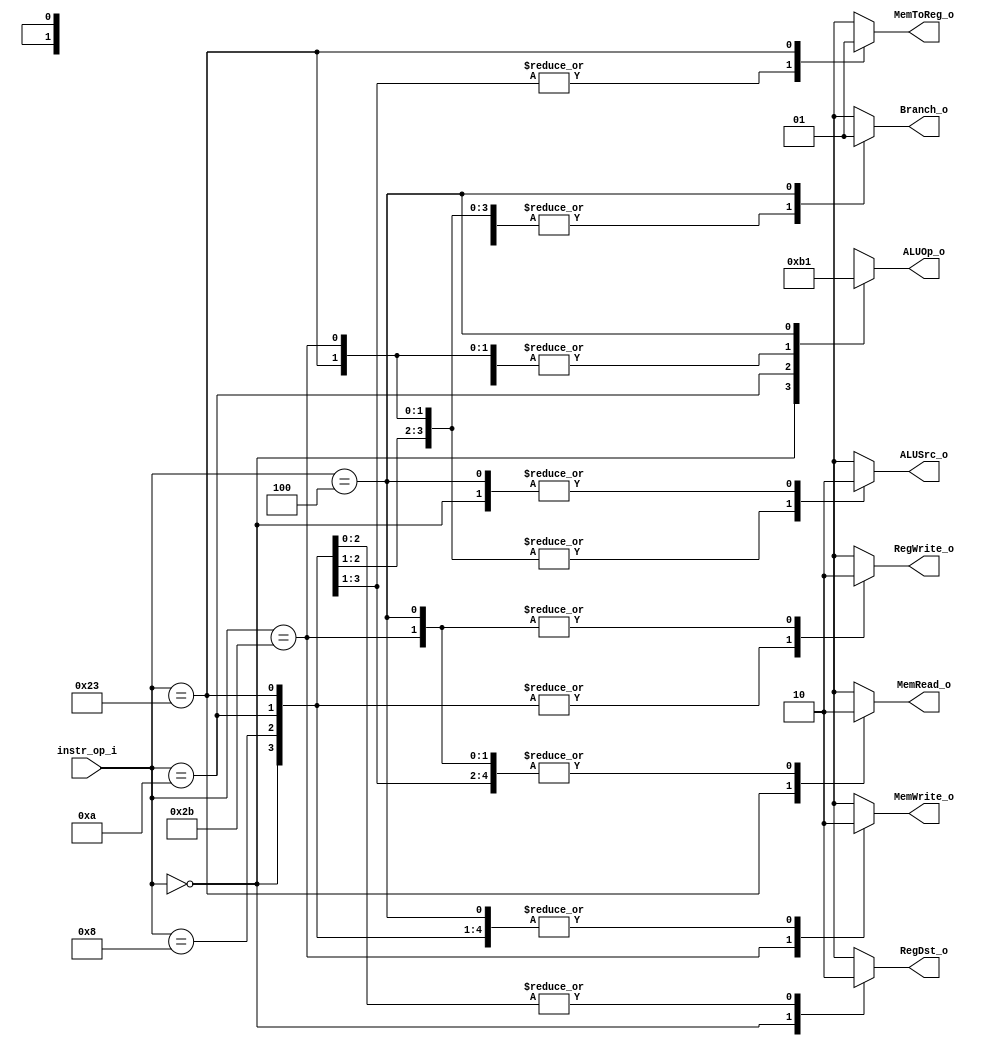
// 109550182

module Decoder (instr_op_i, ALUOp_o, ALUSrc_o, RegDst_o, Branch_o, MemRead_o, MemWrite_o, RegWrite_o, MemToReg_o);
     
// I/O ports
input  [6-1:0] instr_op_i;
// EX
output reg [2-1:0] ALUOp_o;
output reg         ALUSrc_o, RegDst_o;
// MEM
output reg 		   Branch_o, MemRead_o, MemWrite_o;
// WB
output reg         RegWrite_o;
output reg         MemToReg_o;


// Main Function
always @(*) begin
	case(instr_op_i)
		// R-Type Instructions : add, sub, and, or, slt
        6'b000000: begin
			ALUOp_o <= 2'b10;
			ALUSrc_o <= 1'b0;
			RegDst_o <= 1'b1;    // write to RD
			Branch_o <= 1'b0;
			MemRead_o <= 1'b0;   // don't care
			MemWrite_o <= 1'b0;  // don't care
			RegWrite_o <= 1'b1;
			MemToReg_o <= 1'b0;  // no need to write memory data to reg
		end

        // addi
        6'b001000: begin
			ALUOp_o <= 2'b00;
			ALUSrc_o <= 1'b1;
			RegDst_o <= 1'b0;    // write to RT
			Branch_o <= 1'b0;
			MemRead_o <= 1'b0;   // don't care
			MemWrite_o <= 1'b0;  // don't care
			RegWrite_o <= 1'b1;
			MemToReg_o <= 1'b0;  // no need to write memory data to reg
		end

		// slti
        6'b001010: begin 
			ALUOp_o <= 2'b11;
			ALUSrc_o <= 1'b1;
			RegDst_o <= 1'b0;    // write to RT
			Branch_o <= 1'b0;
			MemRead_o <= 1'b0;   // don't care
			MemWrite_o <= 1'b0;  // don't care
			RegWrite_o <= 1'b1;
			MemToReg_o <= 1'b0;  // no need to write memory data to reg
		end

		// lw
		6'b100011: begin
			ALUOp_o <= 2'b00;
			ALUSrc_o <= 1'b1;
			RegDst_o <= 1'b0;    // write to RT
			Branch_o <= 1'b0;
			MemRead_o <= 1'b1;
			MemWrite_o <= 1'b0;
			RegWrite_o <= 1'b1;
			MemToReg_o <= 1'b1;  // need to load memory data to reg
		end

		// sw
		6'b101011: begin
			ALUOp_o <= 2'b00;
			ALUSrc_o <= 1'b1;
			RegDst_o <= 1'bx;    // don't care
			Branch_o <= 1'b0;
			MemRead_o <= 1'b0;
			MemWrite_o <= 1'b1;
			RegWrite_o <= 1'b0;  // no need to write
			MemToReg_o <= 1'bx;  // don't care
		end

		// beq
        6'b000100: begin
			ALUOp_o <= 2'b01;
			ALUSrc_o <= 1'b0;
			RegDst_o <= 1'bx;    // don't care
			Branch_o <= 1'b1;
			MemRead_o <= 1'b0;   // don't care
			MemWrite_o <= 1'b0;  // don't care
			RegWrite_o <= 1'b0;  // no need to write
			MemToReg_o <= 1'bx;  // don't care
		end

        // default
        default: begin
			ALUOp_o <= 2'bxx;
			ALUSrc_o <= 1'bx;
			RegDst_o <= 1'bx;
			Branch_o <= 1'bx;
			MemRead_o <= 1'bx;
			MemWrite_o <= 1'bx;
			RegWrite_o <= 1'bx;
			MemToReg_o <= 1'bx;
		end
	endcase
end

endmodule